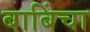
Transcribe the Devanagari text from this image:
बाबिंचा